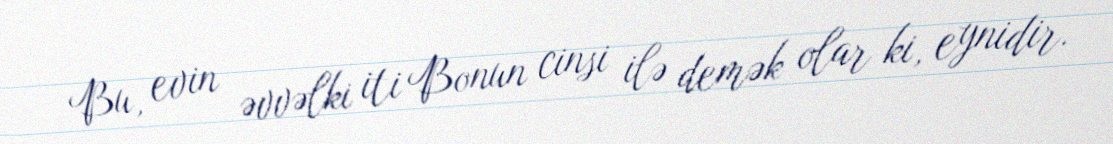
Bu, evin əvvəlki iti Bonun cinsi ilə demək olar ki, eynidir.